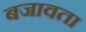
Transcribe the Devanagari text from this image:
बजावता